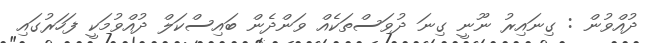
ދުއްވުން : ގިނައިރު ނޫނީ ގިނަ ދުވަސްތަކެއް ވަންދެން ބައިސްކަލް ދުއްވުމަކީ ފަހަރުގައި